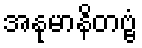
အနုမာနိတဗ္ဗံ